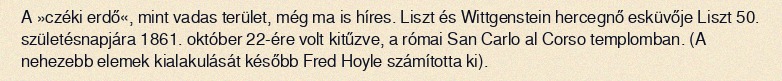
A »czéki erdő«, mint vadas terület, még ma is híres. Liszt és Wittgenstein hercegnő esküvője Liszt 50. születésnapjára 1861. október 22-ére volt kitűzve, a római San Carlo al Corso templomban. (A nehezebb elemek kialakulását később Fred Hoyle számította ki).